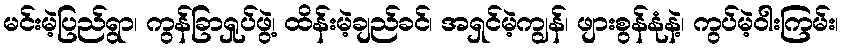
မင်းမဲ့ပြည်ရွာ၊ ကွန်ခြာရှုပ်ဖွဲ့၊ ထိန်းမဲ့ချည်ခင်၊ အရှင်မဲ့ကျွန်၊ ဖျားစွန်နုံနဲ့၊ ကွပ်မဲ့ဝါးကြမ်း၊